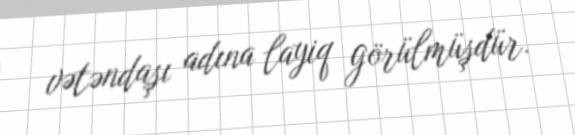
vətəndaşı adına layiq görülmüşdür.